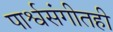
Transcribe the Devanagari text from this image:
पार्श्वसंगीतही